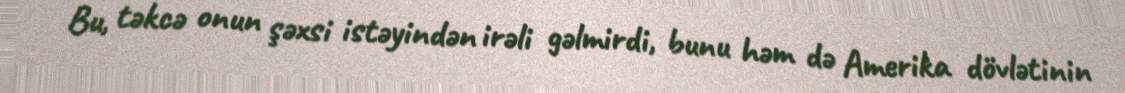
Bu, təkcə onun şəxsi istəyindən irəli gəlmirdi, bunu həm də Amerika dövlətinin